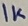
Text: 1K